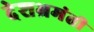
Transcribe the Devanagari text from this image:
देशभ्रमंती